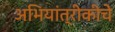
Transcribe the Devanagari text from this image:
अभियांत्रीकीचे